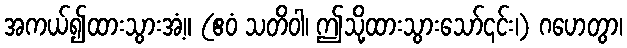
အကယ်၍ထားသွားအံ့။ (ဧဝံ သတိဝါ၊ ဤသို့ထားသွားသော်၎င်း၊) ဂဟေတွာ၊